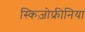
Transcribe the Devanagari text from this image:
स्किज़ोफ्रीनिया